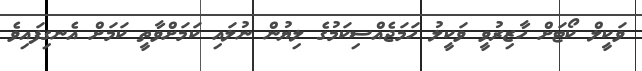
ވަކީލް ކޯޓަށް ހާޒިރުވީ ވަކީލު ހަމަޖެއްސިކަމުގެ ލިޔުން ނުލައި ކަމަށްވާތީ ކަމަށް އެނގިފައިވެ